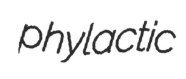
phylactic